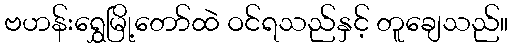
ဗဟန်းရွှေမြို့တော်ထဲ ဝင်ရသည်နှင့် တူချေသည်။